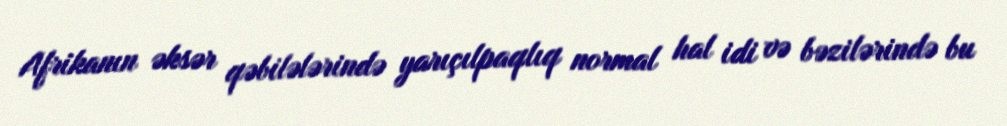
Afrikanın əksər qəbilələrində yarıçılpaqlıq normal hal idi və bəzilərində bu